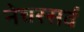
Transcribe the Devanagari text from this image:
नेचरसर्व